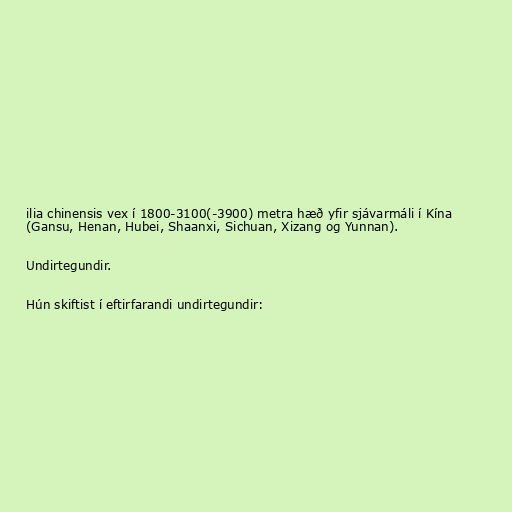
ilia chinensis vex í 1800-3100(-3900) metra hæð yfir sjávarmáli í Kína
(Gansu, Henan, Hubei, Shaanxi, Sichuan, Xizang og Yunnan).

Undirtegundir.

Hún skiftist í eftirfarandi undirtegundir: